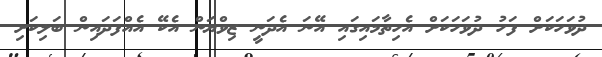
ދުވަހަކަށް ފަހު ދުވަހަކަށް އެހިތާމައިގައި އޭނަ އެދަނީ ޒިވްޔަން އެކޭ އެއްފަދައިން ބަލިކަށި